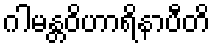
ဂါမန္တဝိဟာရိနာပီတိ